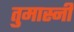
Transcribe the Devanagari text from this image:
तुमास्नी